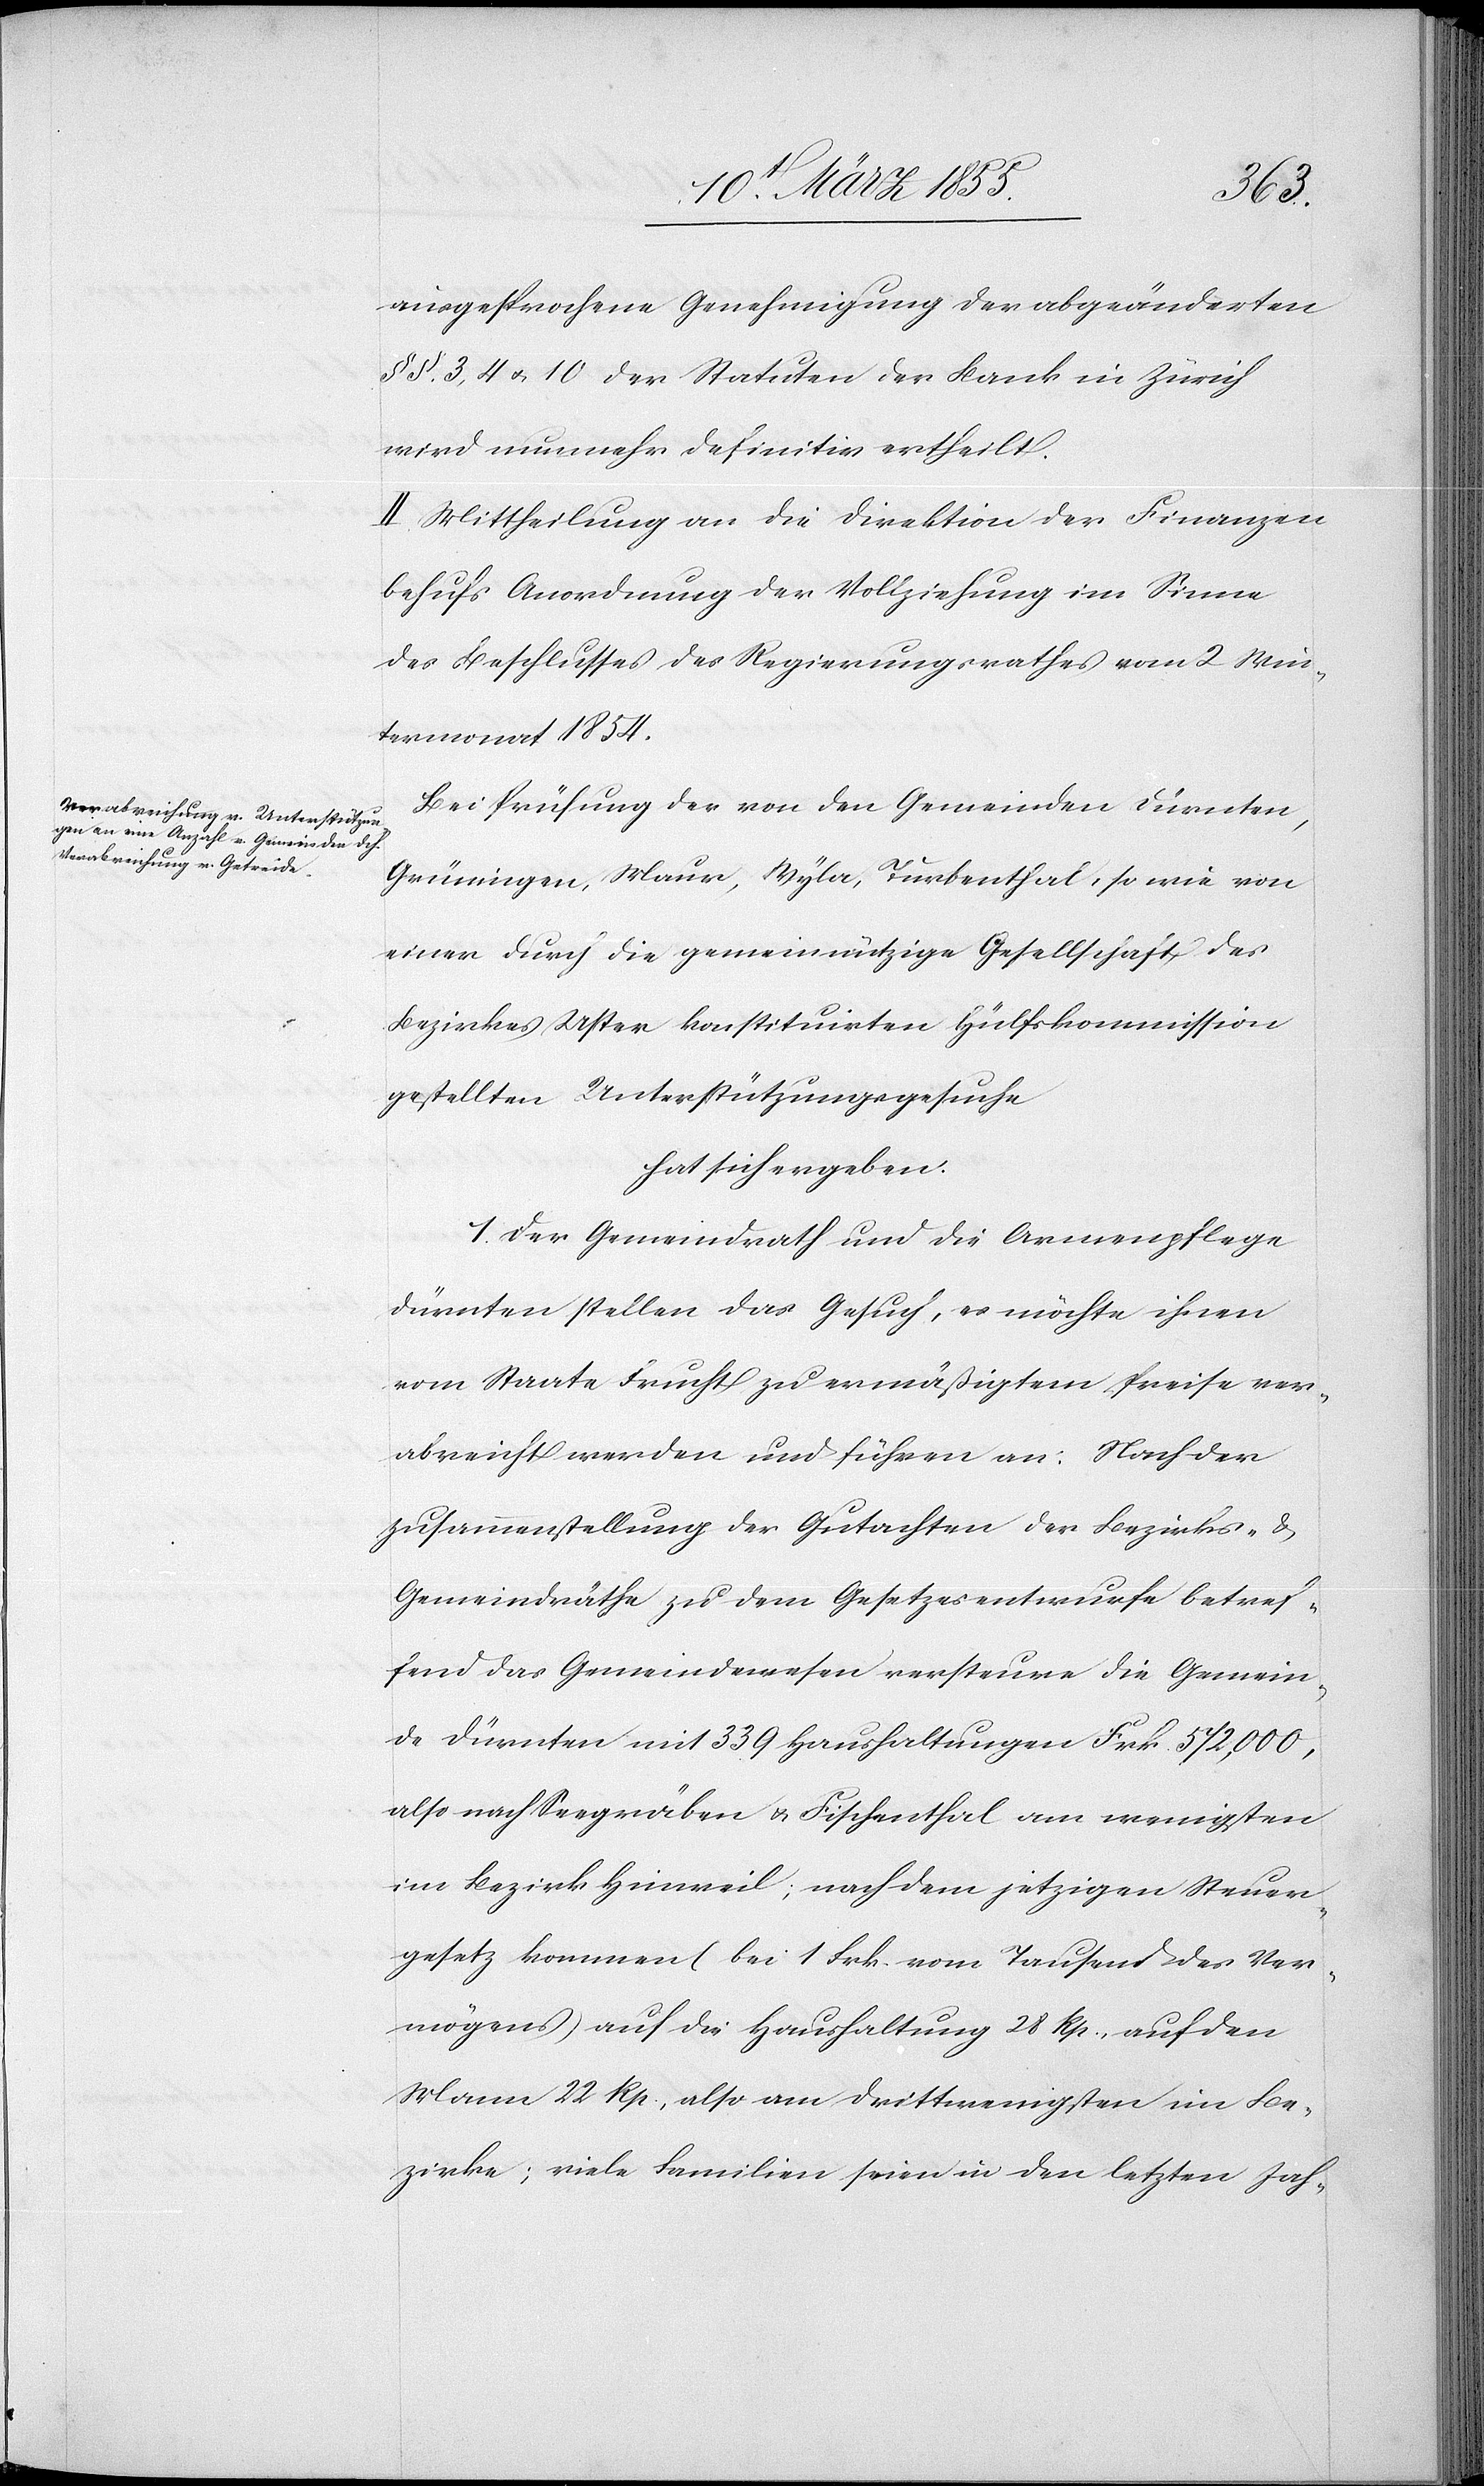
ausgesprochene Genehmigung der abgeänderten
§§. 3, 4 & 10 der Statuten der Bank in Zürich
wird nunmehr definitiv ertheilt.
II. Mittheilung an die Direktion der Finanzen
behufs Anordnung der Vollziehung im Sinne
des Beschlusses des Regierungsrathes vom 2 Win¬
termonat 1854.
Bei Prüfung der von den Gemeinden Dürnten,
Grüningen, Maur, Wyla, Turbenthal, so wie von
einer durch die gemeinnützige Gesellschaft des
Bezirkes Uster konstituirten Hülfskommission
gestellten Unterstützungsgesuche
hat sich ergeben:
1. Der Gemeindrath und die Armenpflege
Dürnten stellen das Gesuch, es möchte ihnen
vom Staate Frucht zu ermäßigtem Preise ver¬
abreicht werden und führen an: Nach der
Zusammenstellung der Gutachten der Bezirks- &
Gemeindräthe zu dem Gesetzesentwurfe betref¬
fend das Gemeindewesen versteure die Gemein¬
de Dürnten mit 339 Haushaltungen Frk. 572,000,
also nach Seegräben & Fischenthal am wenigsten
im Bezirk Hinweil; nach dem jetzigen Steuer¬
gesetz kommen (bei 1 Frk. vom Tausend des Ver¬
mögens) auf die Haushaltung 28 Rp., auf den
Mann 22 Rp., also am drittwenigsten im Be¬
zirke; viele Familien seien in den letzten Jah-